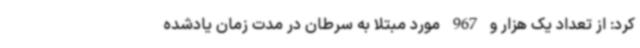
کرد: از تعداد یک هزار و 967 مورد مبتلا به سرطان در مدت زمان یادشده